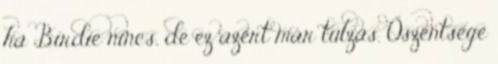
ha Birdie nincs, de ez azért már túlzás. Őszentsége